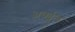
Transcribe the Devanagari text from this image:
अर्क्युल